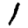
Digit: 1